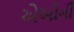
એઓની